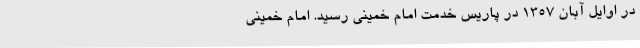
در اوایل‌ آبان‌ 1357 در پاریس‌ خدمت‌ امام‌ خمینی‌ رسید. امام‌ خمینی‌